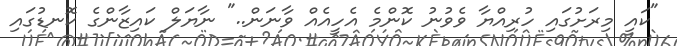
"ކައި މިރަށުގައި ހުރިއްޔާ ވެވުނު ކޮންމެ އެހީއެއް ވާނަން.." ނާޔަލް ކައިޒާންގެ ކޮނޑުގައި